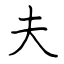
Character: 夫